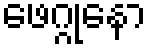
ဖေဂ္ဂုနော